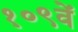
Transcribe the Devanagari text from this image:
१०९वें